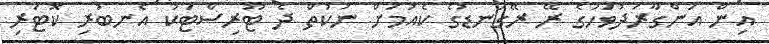
އިން އަންގާރަދުވަހުގެ ރޭ ރޭގަނޑުގެ ކެއުމަށް ނުކުތް ދެ ޓޫރިސްޓަކު އެނބުރި ކޮޓަރި